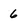
Character: 6